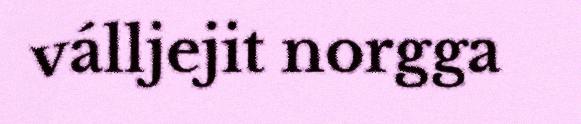
válljejit norgga